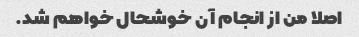
اصلا من از انجام آن خوشحال خواهم شد.